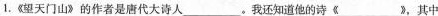
1.《望天门山》的作者是唐代大诗人___。我还知道他的诗《___》，其中